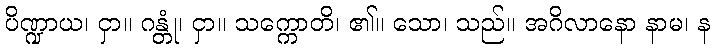
ပိဏ္ဍာယ၊ ငှာ။ ဂန္တုံ၊ ငှာ။ သက္ကောတိ၊ ၏။ သော၊ သည်။ အဂိလာနော နာမ၊ န